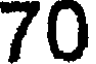
70